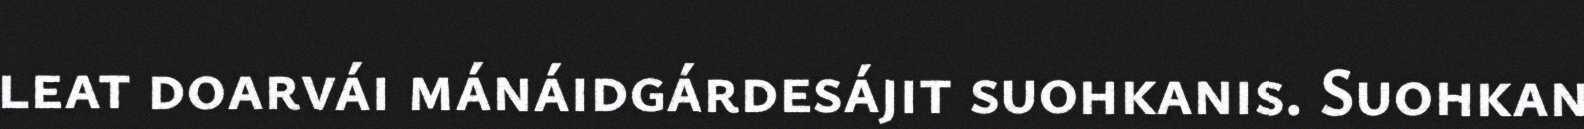
leat doarvái mánáidgárdesájit suohkanis. Suohkan